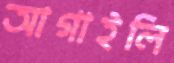
আগাইলি